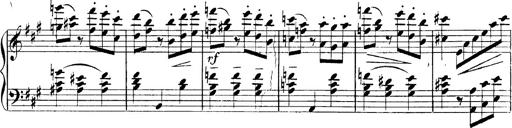
Title: 3 Caprices-Valses
Composer: Franz Liszt